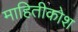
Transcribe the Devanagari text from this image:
माहितीकोश